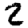
Digit: 2